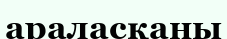
араласқаны